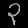
Digit: ၃